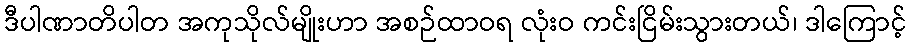
ဒီပါဏာတိပါတ အကုသိုလ်မျိုးဟာ အစဉ်ထာဝရ လုံးဝ ကင်းငြိမ်းသွားတယ်၊ ဒါကြောင့်